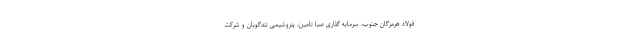
فولاد هرمزگان جنوب، سرمایه گذاری صبا تامین، پتروشیمی تندگویان و شرکت